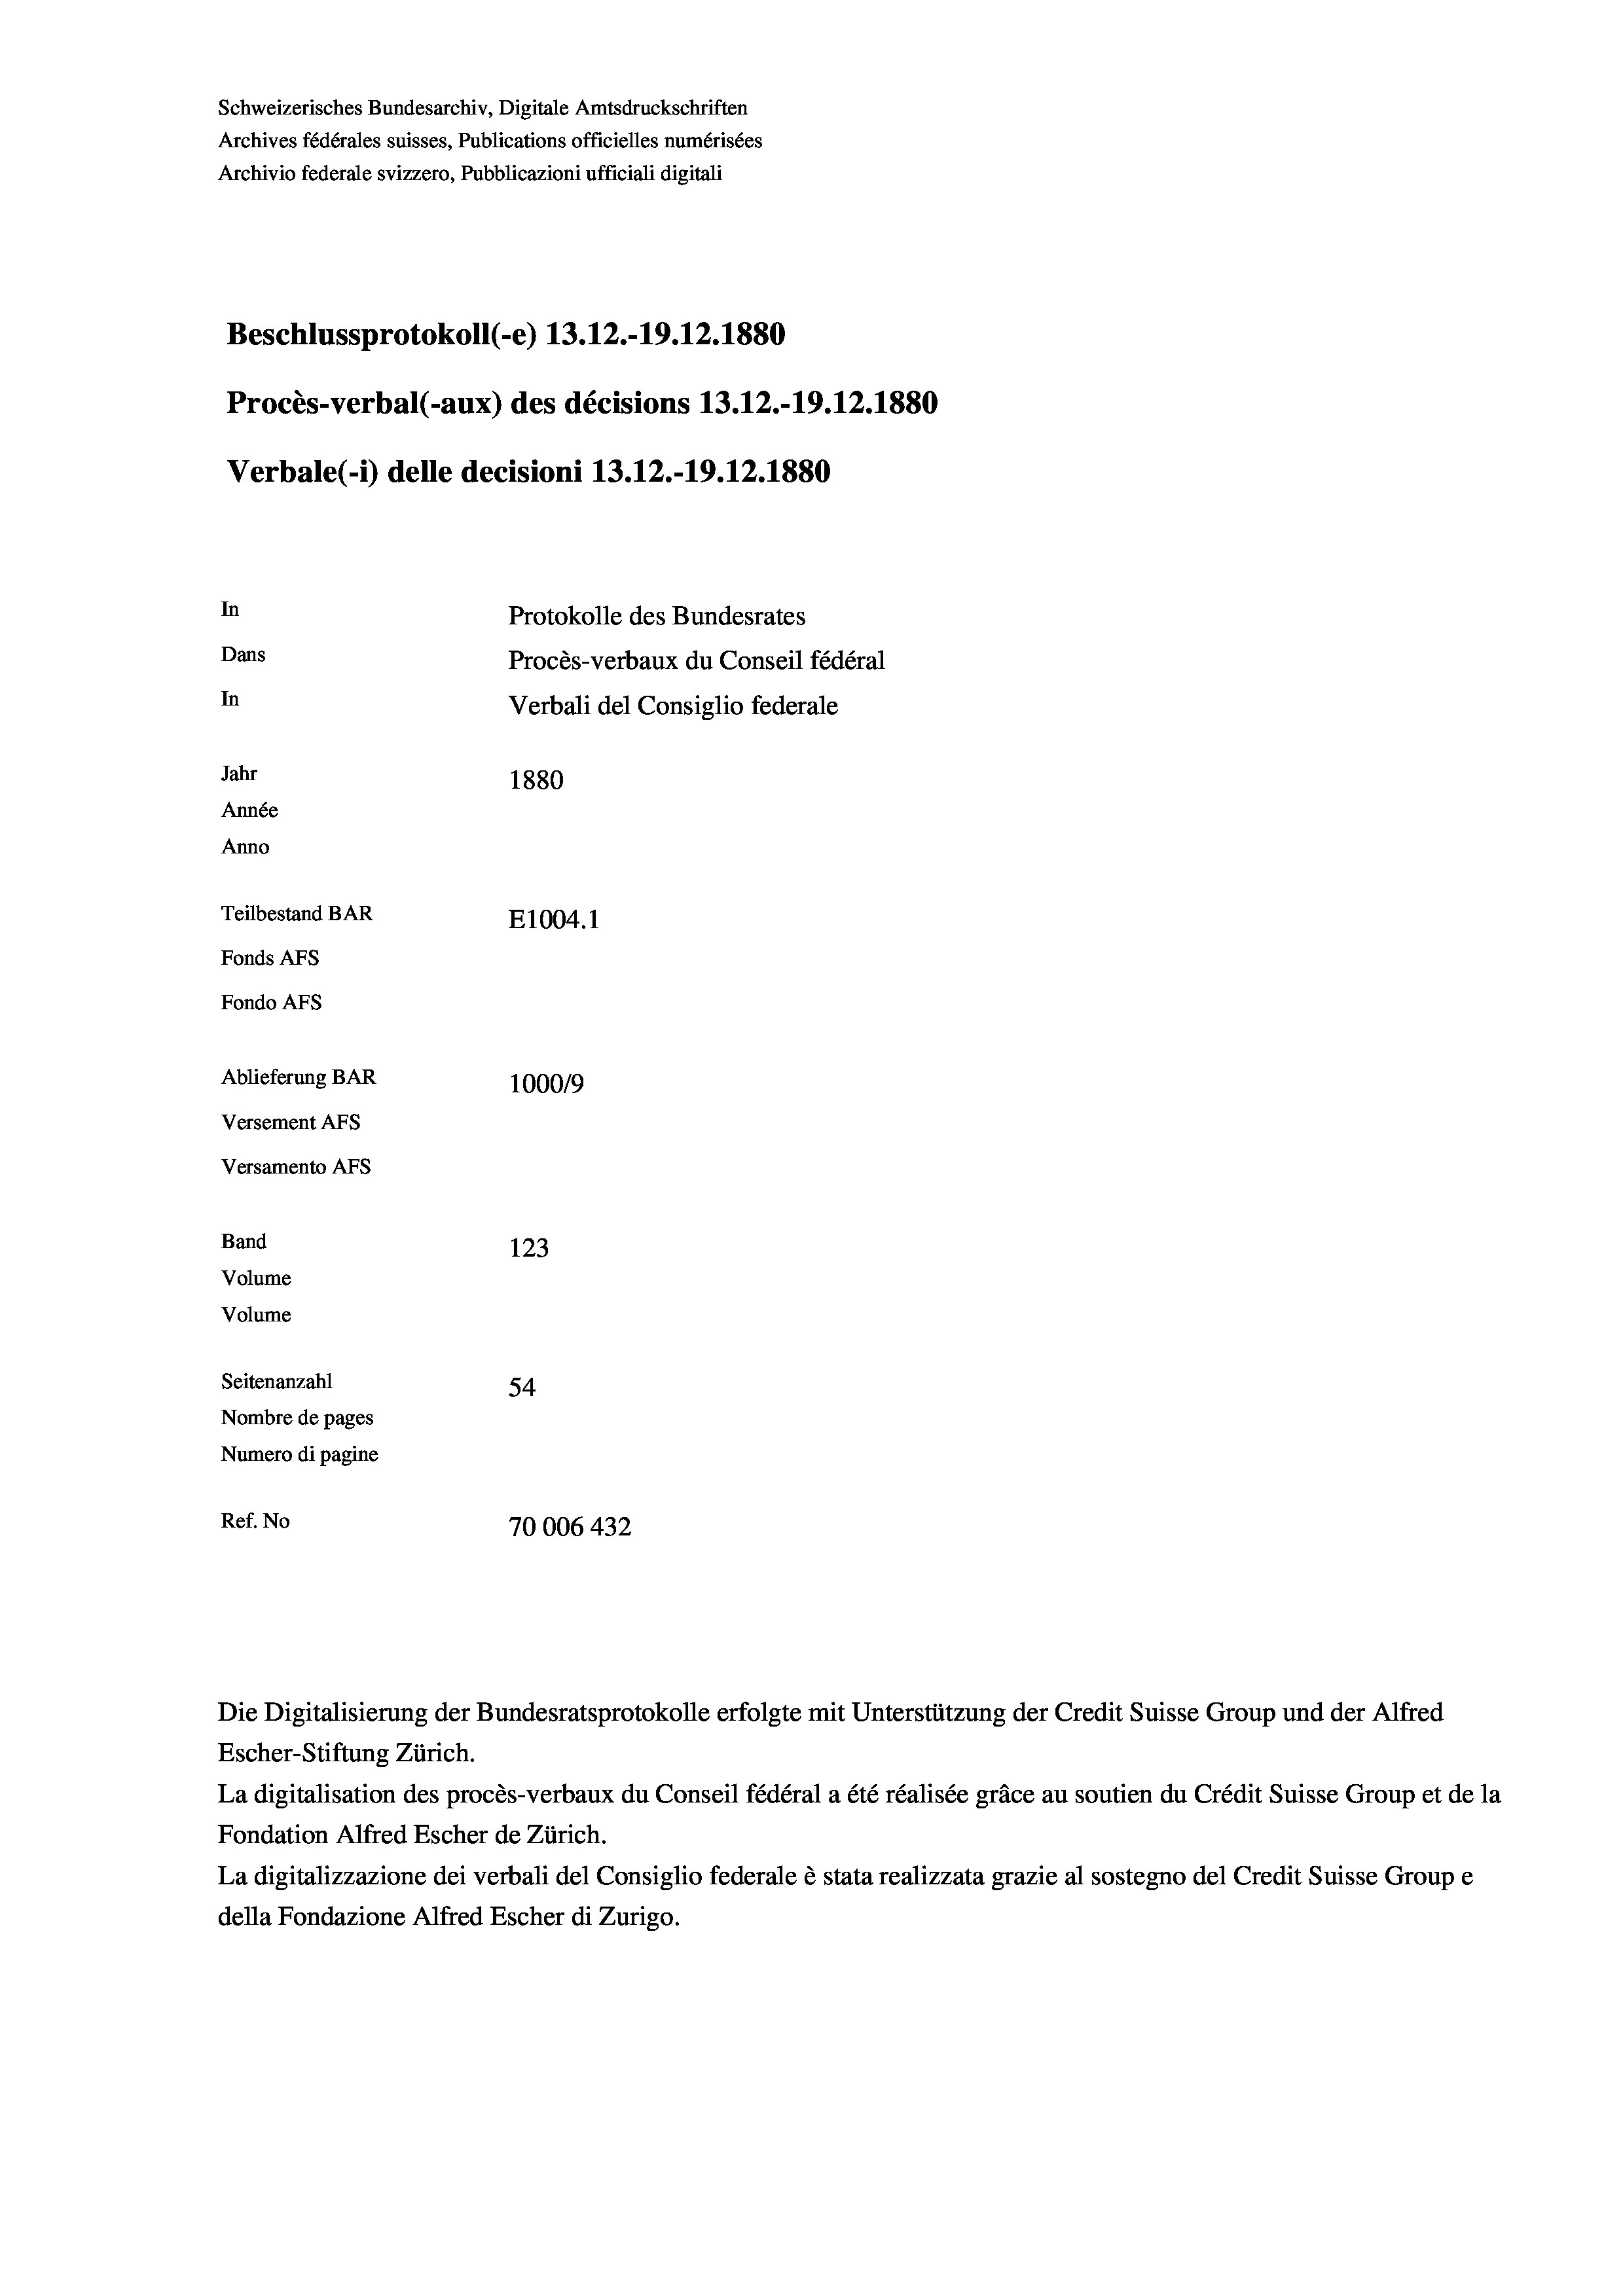
Schweizerisches Bundesarchiv, Digitale Amtsdruckschriften
Archives fédérales suisses, Publications officielles numérisées
Archivio federale svizzero, Pubblicazioni ufficiali digitali
Beschlussprotokoll (-e) 13.12.-19.12.1880
Procès-verbal (-aux) des décisions 13.12.-19.12.1880
Verbale(-*) delle decisioni 13.12.-19.12.1880
In
Protokolle des Bundesrates
Dans
Procès-verbaux du Conseil fédéral
In
Verbali del Consiglio federale
Jahr
1880
Année
Anno
Teilbestand BAR
E1004. 1
Fonds AFs
Fondo AFS
Ablieferung BAR
100019
Versement AFs
Versamento Afs
Band
123
Volume
Volume

Seitenanzahl
54
Nombre de pages
Numero di pagine
Ref. No
70006 432

Die Digitalisierung der Bundesratsprotokolle erfolgte mit Unterstützung der Credit Suisse Group und der Alfred
Escher-Stiftung Zürich.
La digitalisation des procès-verbaux du Conseil fédéral a été réalisée gräce au soutien du Crédit Suisse Group et de la
Fondation Alfred Escher de Zürich.
La digitalizzazione dei verbali del Consiglio federale è stata realizzata grazie al sostegno del Credit Suisse Groupe
della Fondazione Alfred Escher di Zurigo.